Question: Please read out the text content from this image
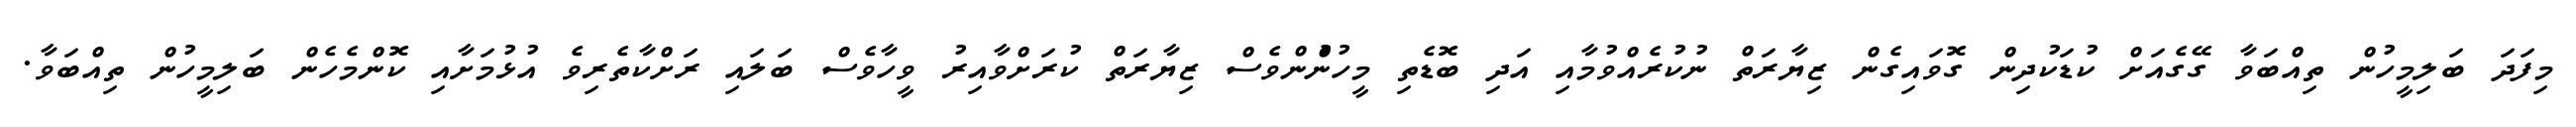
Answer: މިފަދަ ބަލިމީހުން ތިއްބަވާ ގޭގެއަށް ކުޑަކުދިން ގޮވައިގެން ޒިޔާރަތް ނުކުރެއްވުމާއި އަދި ބޮޑެތި މީހުންުންވެސް ޒިޔާރަތް ކުރަށްވާއިރު ވީހާވެސް ބަލައި ރަށްކާތެރިވެ އުޅުމަށާއި ކޮންމެހެން ބަލިމީހުން ތިއްބަވާ.